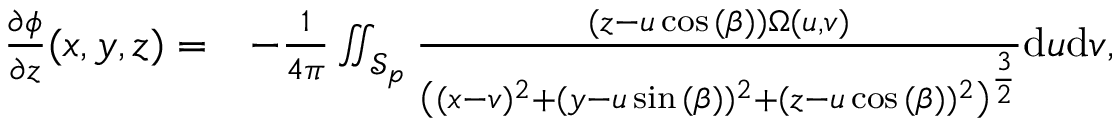
\begin{array} { r l } { \frac { \partial \phi } { \partial z } ( x , y , z ) = } & { - \frac { 1 } { 4 \pi } \iint _ { \mathcal { S } _ { p } } \frac { ( z - u \cos { ( \beta ) } ) \Omega ( u , v ) } { \left( ( x - v ) ^ { 2 } + ( y - u \sin { ( \beta ) } ) ^ { 2 } + ( z - u \cos { ( \beta ) } ) ^ { 2 } \right) ^ { \frac { 3 } { 2 } } } \mathrm { d } u \mathrm { d } v , } \end{array}